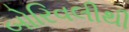
બોરિવલીથી